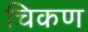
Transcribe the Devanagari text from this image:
चिकण